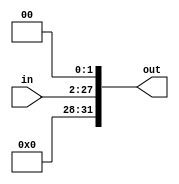

module Shift_Left2_2(
	input [25:0]in,
	output reg[31:0]out

);

always @*
	begin
	   out = in << 2;
	end

endmodule